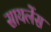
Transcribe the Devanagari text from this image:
सायलेंस